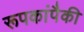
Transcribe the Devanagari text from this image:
रूपकांपैकी